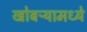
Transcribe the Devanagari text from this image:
खोबऱ्यामध्ये